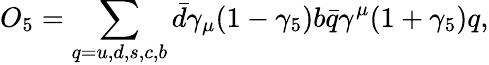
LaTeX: O_{5}=\sum_{q=u,d,s,c,b}\bar{d}\gamma_{\mu}(1-\gamma_{5})b\bar{q}\gamma^{\mu}(1+\gamma_{5})q,